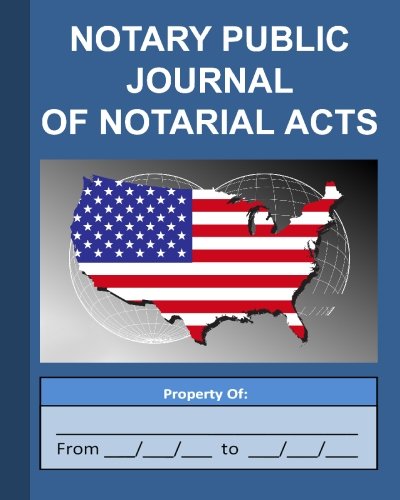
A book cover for Notary Public Journal of Notarial Acts; Angelo Tropea; Business & Money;